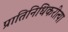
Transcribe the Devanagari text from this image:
प्रातिनिधिकरीत्या